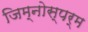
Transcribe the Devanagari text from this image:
जिम्‍नोस्‍पर्म